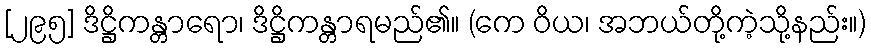
[၂၉၅] ဒိဋ္ဌိကန္တာရော၊ ဒိဋ္ဌိကန္တာရမည်၏။ (ကေ ဝိယ၊ အဘယ်တို့ကဲ့သို့နည်း။)